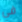
في